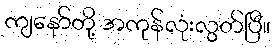
ကျနော်တို့ အကုန်လုံးလွတ်ပြီ။